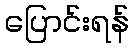
ပြောင်းရန်